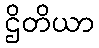
ဌိတိယာ